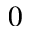
0